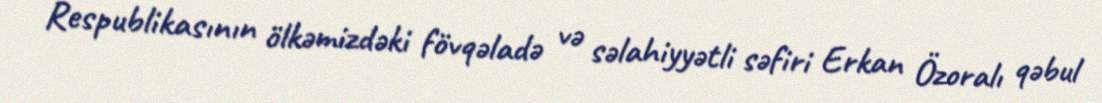
Respublikasının ölkəmizdəki fövqəladə və səlahiyyətli səfiri Erkan Özoralı qəbul